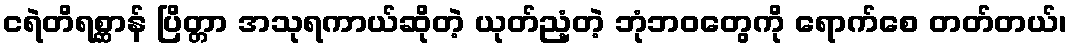
ငရဲတိရစ္ဆာန် ပြိတ္တာ အသုရကာယ်ဆိုတဲ့ ယုတ်ညံ့တဲ့ ဘုံဘဝတွေကို ရောက်စေ တတ်တယ်၊